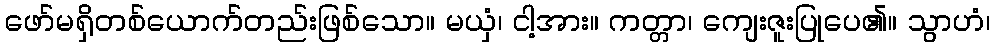
ဖော်မရှိတစ်ယောက်တည်းဖြစ်သော။ မယှံ၊ ငါ့အား။ ကတ္တာ၊ ကျေးဇူးပြုပေ၏။ သွာဟံ၊